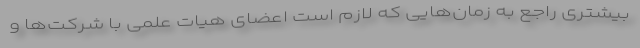
بیشتری راجع به زمان‌هایی که لازم است اعضای هیات علمی با شرکت‌ها و